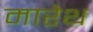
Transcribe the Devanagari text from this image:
मारेथ